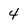
Character: 4